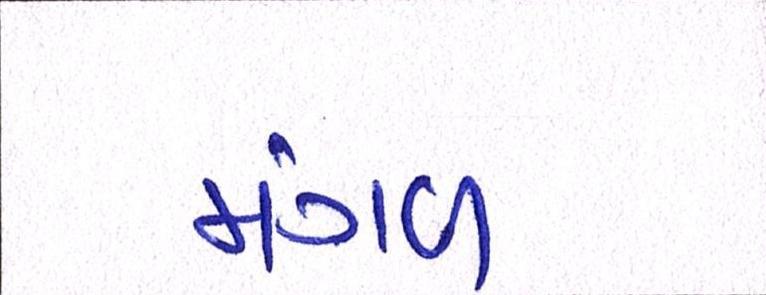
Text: મંગળ